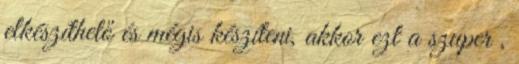
elkészíthető és mégis készíteni, akkor ezt a szuper ,